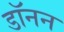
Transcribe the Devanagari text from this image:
डॉनन